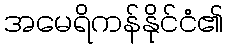
အမေရိကန်နိုင်ငံ၏